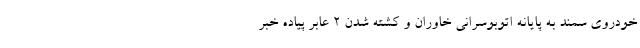
خودروی سمند به پایانه اتوبوسرانی خاوران و کشته شدن ۲ عابر پیاده خبر